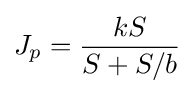
J_{p}={\frac {kS}{S+S/b}}